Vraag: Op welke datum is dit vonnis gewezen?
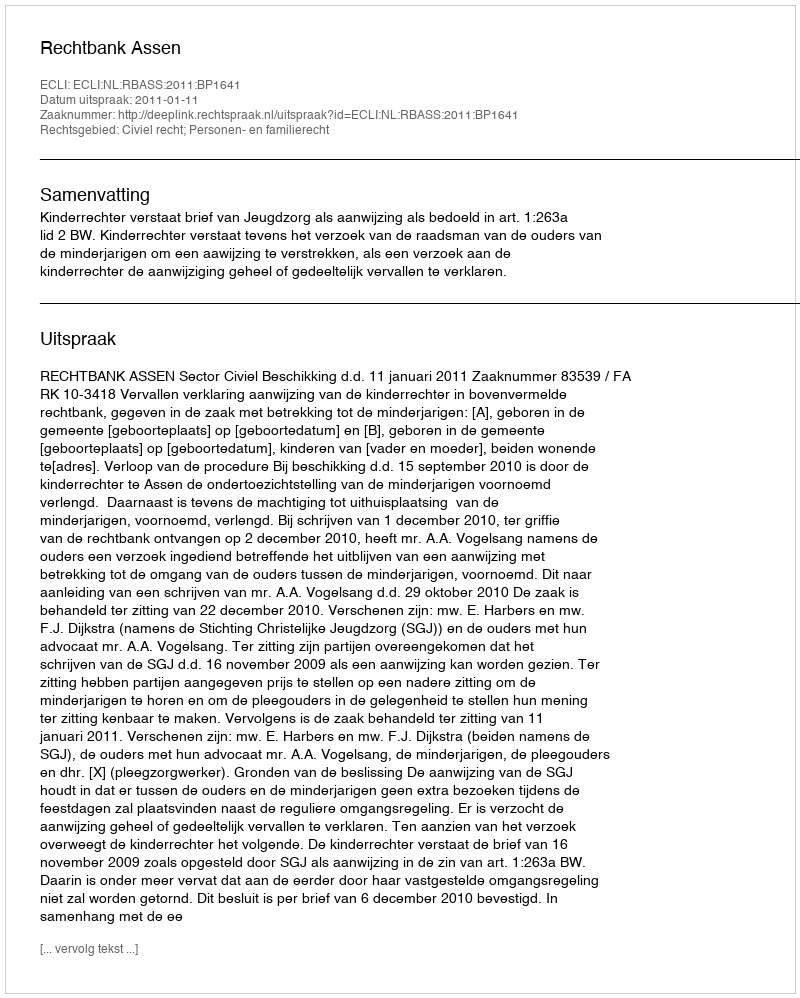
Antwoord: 2011-01-11